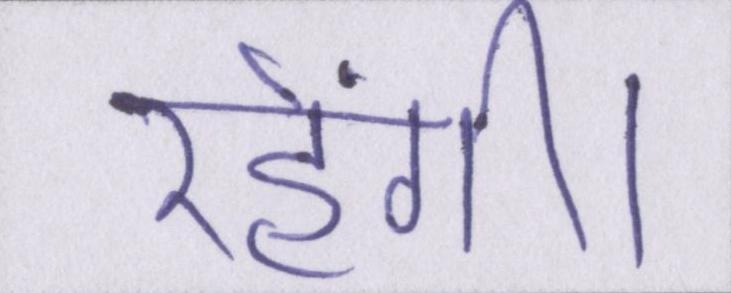
रहेंगी।